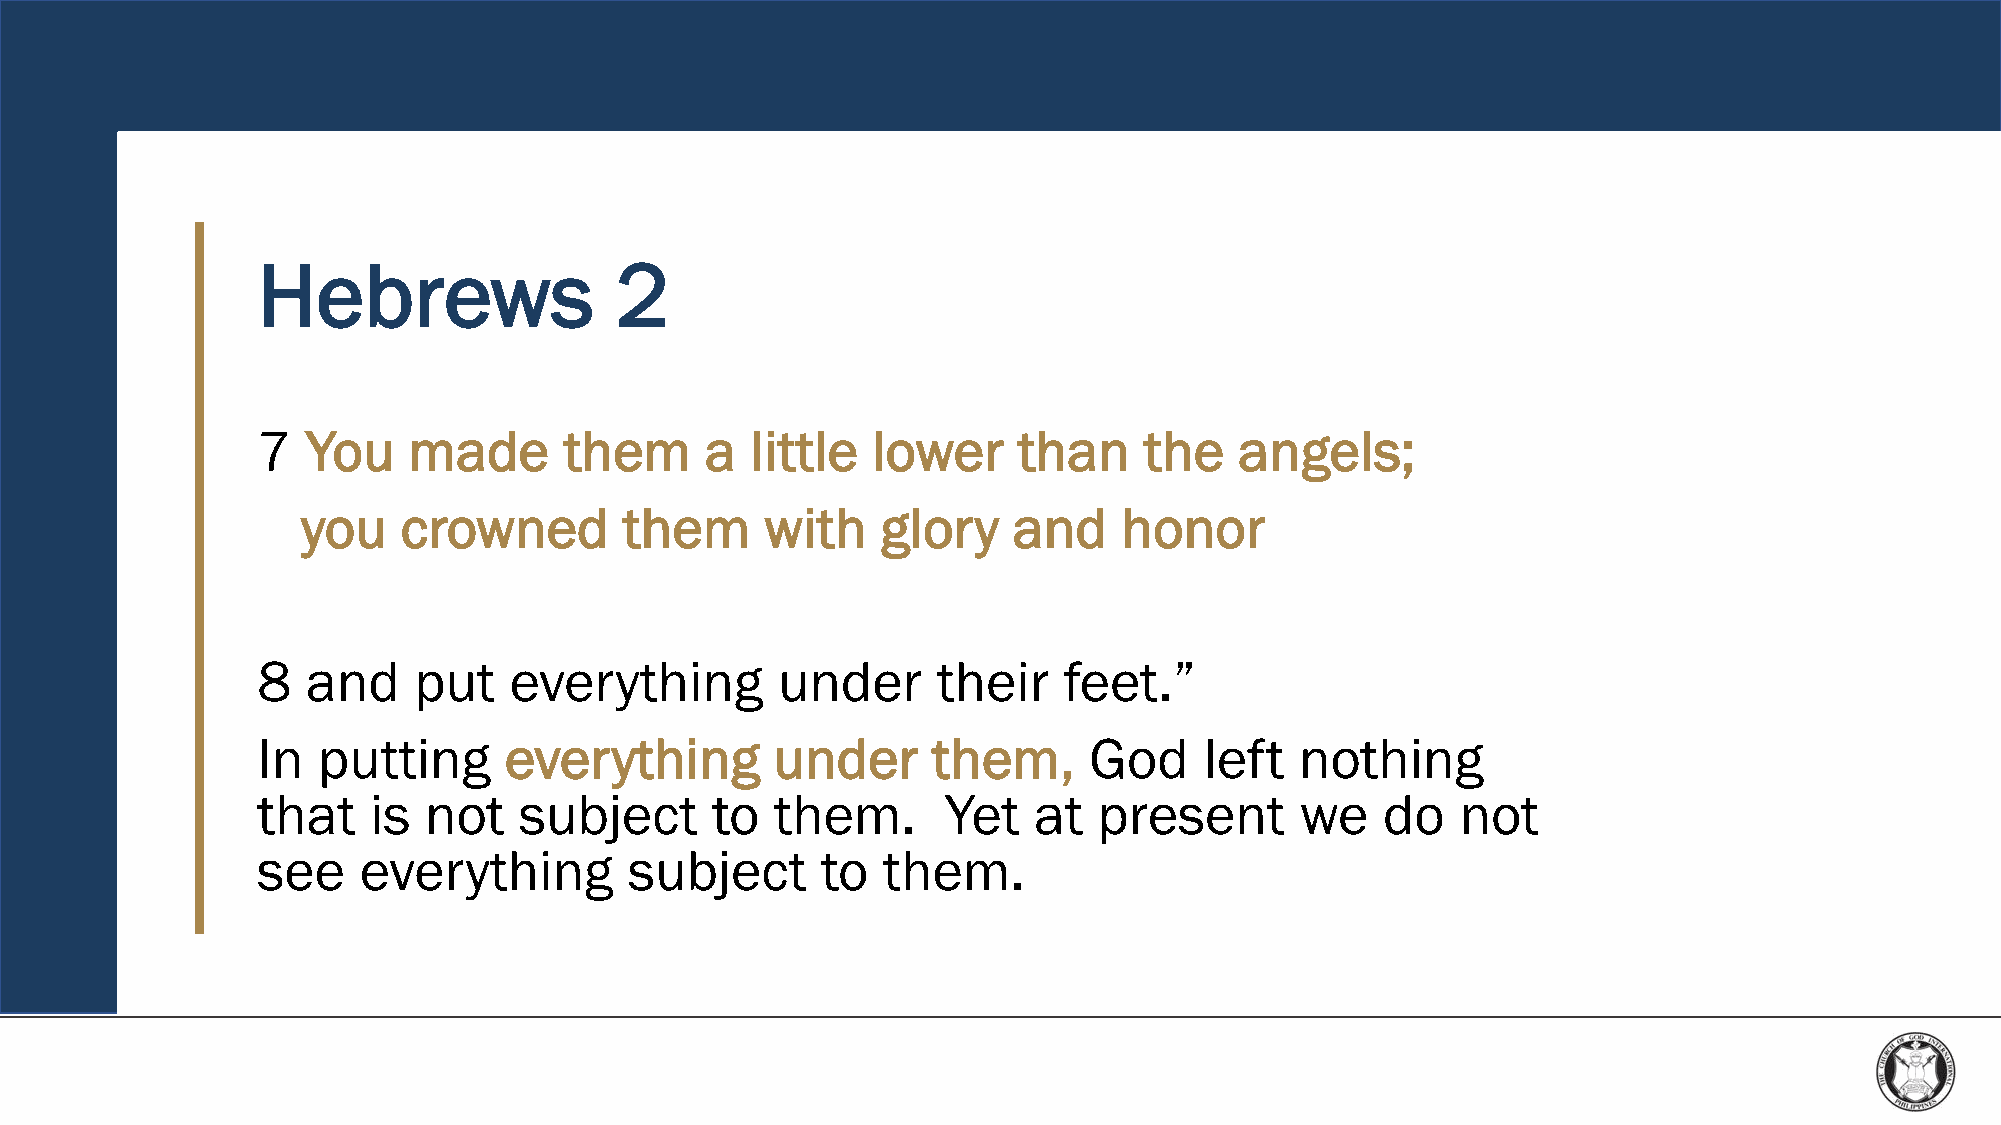
Hebrews                 2
 7  You    made      them      a  little  lower    than     the   angels;
 you    crowned       them      with   glory    and    honor
 8  and    put    everything       under      their   feet.”
 In  putting     everything        under      them,     God     left  nothing
 that   is  not   subject      to  them.       Yet  at   present      we    do   not
 see    everything        subject     to  them.